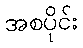
အစပိုင်း